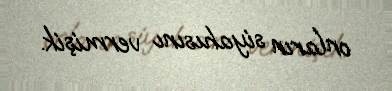
onların siyahısını vermişik.